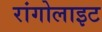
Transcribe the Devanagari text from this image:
रांगोलाइट